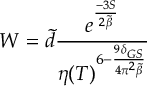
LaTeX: W = \tilde { d } \frac { e ^ { \frac { - 3 S } { 2 \tilde { \beta } } } } { \eta ( T ) ^ { 6 - \frac { 9 \delta _ { G S } } { 4 \pi ^ { 2 } \tilde { \beta } } } }